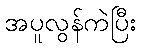
အပူလွန်ကဲပြီး